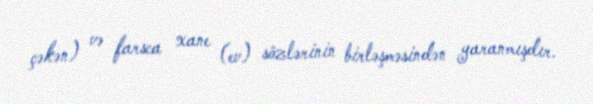
çəkən) və farsca xane (ev) sözlərinin birləşməsindən yaranmışdır.